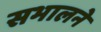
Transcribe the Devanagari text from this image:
सभालने